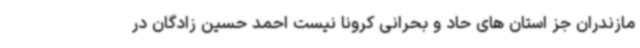
مازندران جز استان های حاد و بحرانی کرونا نیست احمد حسین زادگان در